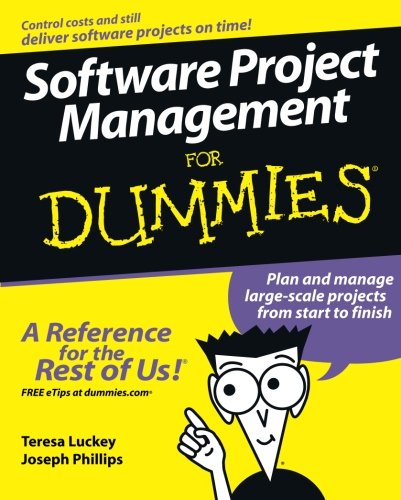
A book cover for Software Project Management For Dummies; Teresa Luckey; Computers & Technology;